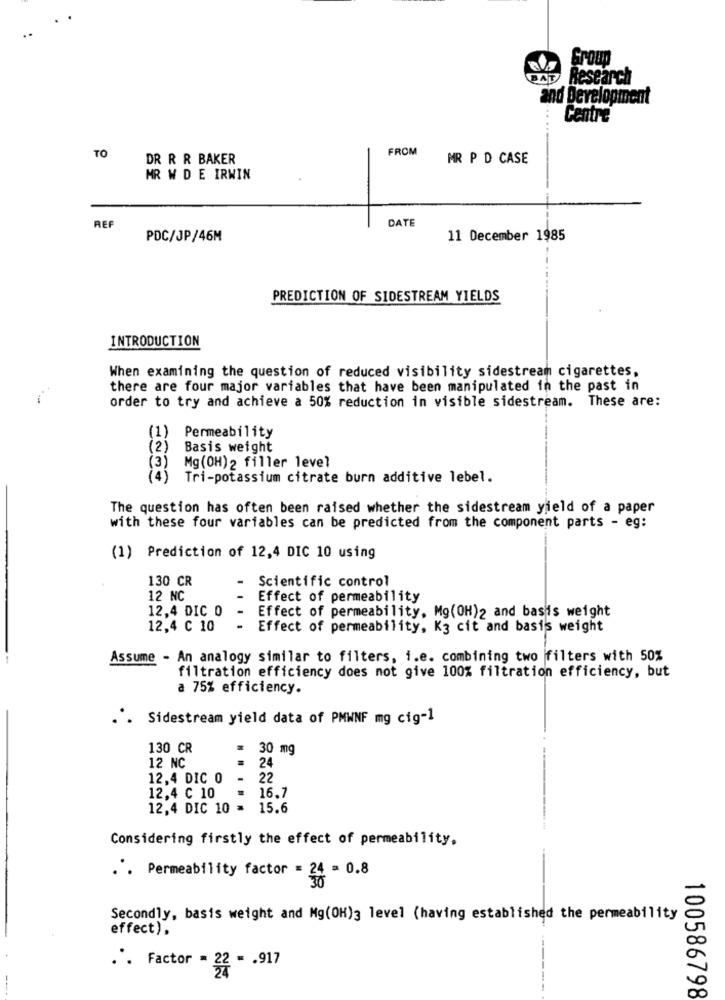
Grou
BAD Research
and Development
Centre
FROM
TO
DR R R BAKER
MR P D CASE
MR W D E IRWIN
DATE
REF
PDC/JP/46M
11 December 1985
PREDICTION OF SIDESTREAM YIELDS
INTRODUCTION
When examining the question of reduced visibility sidestream cigarettes,
there are four major variables that have been manipulated in the past in
order to try and achieve a 50% reduction in visible sidestream. These are:
(1)
Permeability
(2)
Basis weight
Mg (OH)2 filler level
(3)
(4)
Tri-potassium citrate burn additive lebel.
The question has often been raised whether the sidestream yield of a paper
with these four variables can be predicted from the component parts - eg:
(1) Prediction of 12,4 DIC 10 using
130 CR
Scientific control
12 NC
Effect of permeability
12,4 DIC 0
Effect of permeability, Mg(OH)2 and basis weight
12,4 C 10
.
Effect of permeability, K3 cit and basis weight
Assume - An analogy similar to filters, i.e. combining two filters with 50%
filtration efficiency does not give 100% filtration efficiency, but
a 75% efficiency.
Sidestream yield data of PMWNF mg cig-1
130 CR
.
30 mg
12 NC
.
24
12,4 DIC 0
22
12,4 ℃ 10
= 16.7
12,4 DIC 10 = 15.6
Considering firstly the effect of permeability.
.'. Permeability factor = 24 = 0.8
Secondly, basis weight and Mg(OH)3 level (having established the permeability
effect).
.. Factor - 22 - . 917
--
100586798